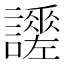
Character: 𧭯